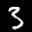
Label: 3